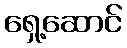
ရှေ့ဆောင်